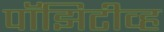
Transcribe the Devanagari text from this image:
पॉझिटीव्ह